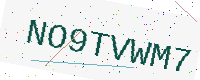
Text: NO9TVWM7